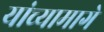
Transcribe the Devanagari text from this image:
यांच्यामागे